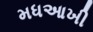
મધઆખી